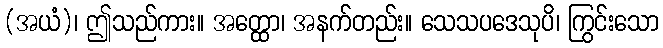
(အယံ)၊ ဤသည်ကား။ အတ္ထော၊ အနက်တည်း။ သေသပဒေသုပိ၊ ကြွင်းသော